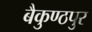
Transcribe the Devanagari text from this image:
बैकुण्ठपुर